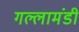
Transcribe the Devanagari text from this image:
गल्लामंडी